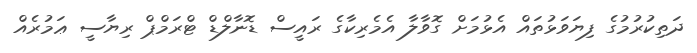
ދަތިކުރުމުގެ ފިޔަވަޅުތައް އެޅުމަށް ގޮވާލާ އެމެރިކާގެ ރައީސް ޑޮނާލްޑް ޓްރަމްޕް ރިޔާސީ ޢަމުރެއް